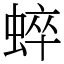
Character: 蜶